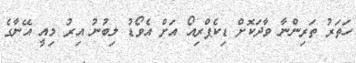
ހަތަރު ތަރިންނާ ވާދަކޮށް ޑިކެޕްރިއޯ އަށް އެވޯޑު ލިބުނު އިރު މިއީ އޭނާގެ